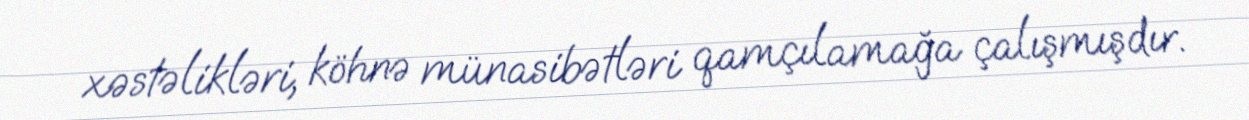
xəstəlikləri, köhnə münasibətləri qamçılamağa çalışmışdır.